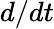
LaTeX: d/dt